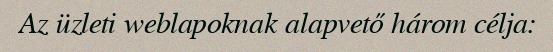
Az üzleti weblapoknak alapvető három célja: